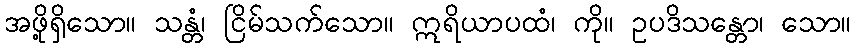
အဖို့ရှိသော။ သန္တံ၊ ငြိမ်သက်သော။ ဣရိယာပထံ၊ ကို။ ဥပဒိသန္တော၊ သော။